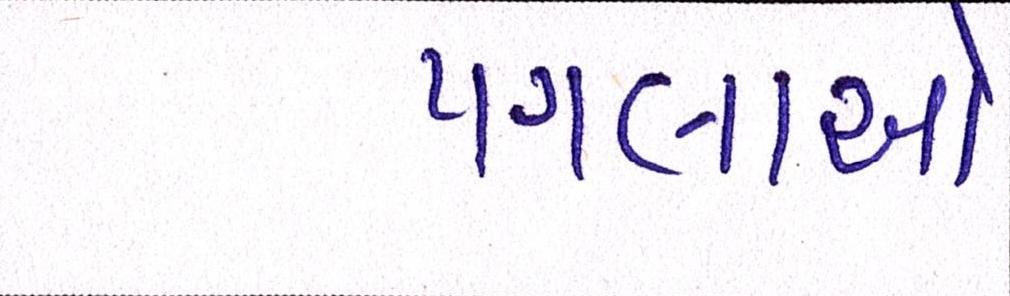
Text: પગલાઓ